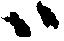
ハ